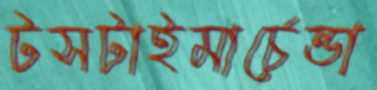
টসটাইমার্চেন্ডা